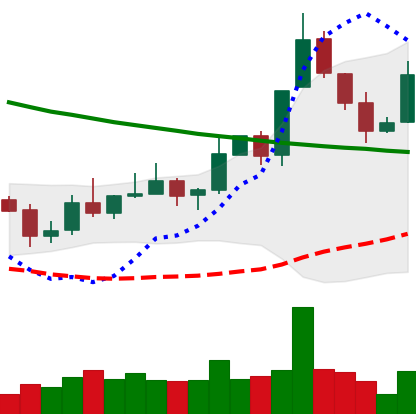
Ticker: XLM-USD
Chart end date: 2019-11-10
Forward return: -7.533%
Label: down_7plus